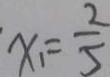
x _ { 1 } = \frac { 2 } { 5 }